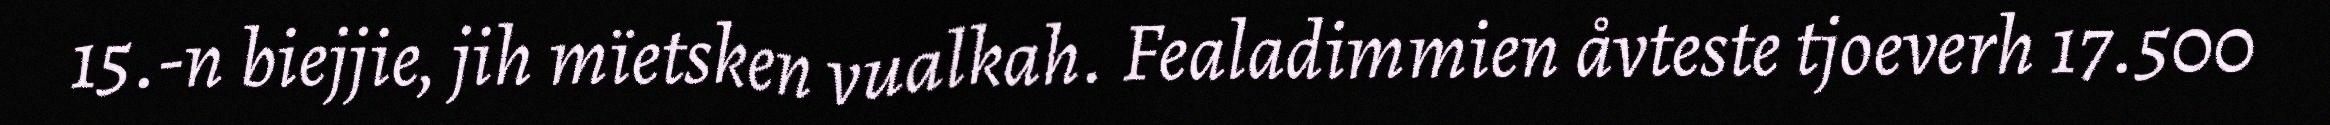
15.-n biejjie, jih mïetsken vualkah. Fealadimmien åvteste tjoeverh 17.500